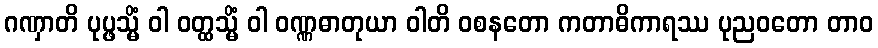
ဂဏှာတိ ပုပ္ဖသ္မိံ ဝါ ဝတ္ထသ္မိံ ဝါ ဝဏ္ဏဓာတုယာ ဝါတိ ဝစနတော ကတာဓိကာရဿ ပုညဝတော တာဝ